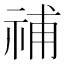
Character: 𥙷